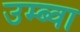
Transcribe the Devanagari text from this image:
उम्ब्वा